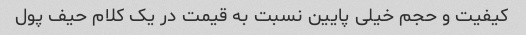
کیفیت و حجم خیلی پایین نسبت به قیمت در یک کلام حیف پول